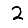
Digit: 2